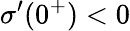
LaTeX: \sigma^{\prime}(0^{+})<0